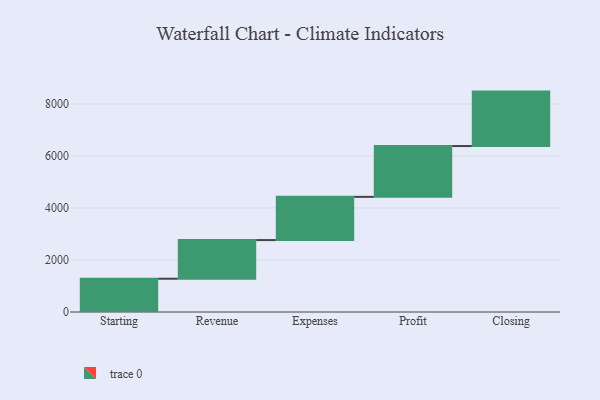
{"axis": {"x": "Step", "y": "Value"}, "legend": [""], "data": [{"x": "Starting", "y": 1279.0, "type": ""}, {"x": "Revenue", "y": 1486.0, "type": ""}, {"x": "Expenses", "y": 1662.0, "type": ""}, {"x": "Profit", "y": 1954.0, "type": ""}, {"x": "Closing", "y": 2093.0, "type": ""}]}